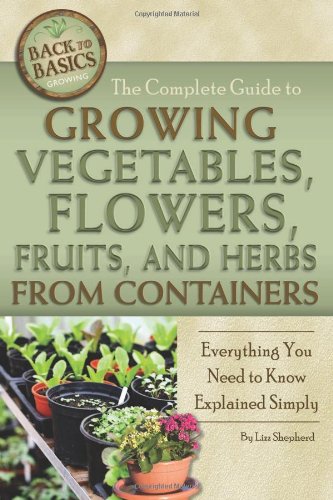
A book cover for The Complete Guide to Growing Vegetables, Flowers, and Herbs from Containers: Everything You Need to Know Explained Simply (Back-To-Basics) (Back to Basics Gardening) (Back to Basics Growing); Lizz Shepherd; Crafts, Hobbies & Home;